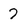
Character: 7